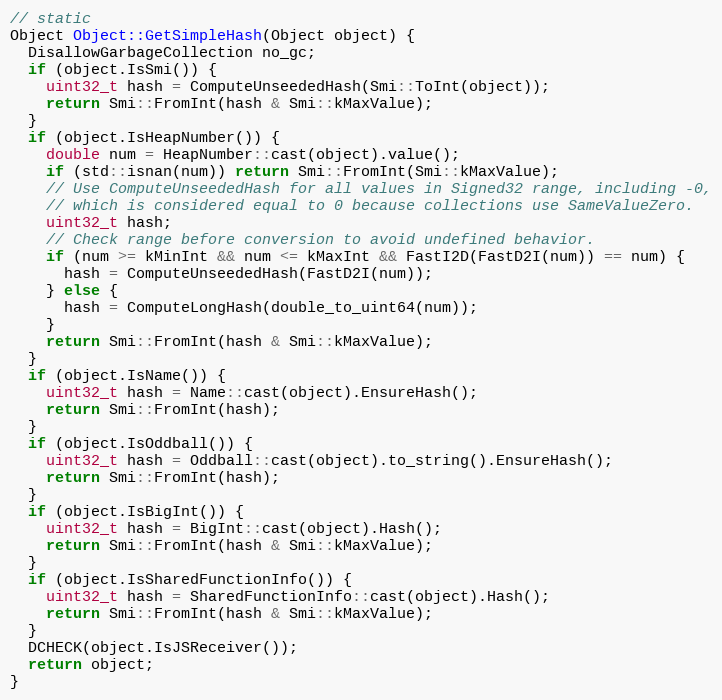
Language: C
// static
Object Object::GetSimpleHash(Object object) {
  DisallowGarbageCollection no_gc;
  if (object.IsSmi()) {
    uint32_t hash = ComputeUnseededHash(Smi::ToInt(object));
    return Smi::FromInt(hash & Smi::kMaxValue);
  }
  if (object.IsHeapNumber()) {
    double num = HeapNumber::cast(object).value();
    if (std::isnan(num)) return Smi::FromInt(Smi::kMaxValue);
    // Use ComputeUnseededHash for all values in Signed32 range, including -0,
    // which is considered equal to 0 because collections use SameValueZero.
    uint32_t hash;
    // Check range before conversion to avoid undefined behavior.
    if (num >= kMinInt && num <= kMaxInt && FastI2D(FastD2I(num)) == num) {
      hash = ComputeUnseededHash(FastD2I(num));
    } else {
      hash = ComputeLongHash(double_to_uint64(num));
    }
    return Smi::FromInt(hash & Smi::kMaxValue);
  }
  if (object.IsName()) {
    uint32_t hash = Name::cast(object).EnsureHash();
    return Smi::FromInt(hash);
  }
  if (object.IsOddball()) {
    uint32_t hash = Oddball::cast(object).to_string().EnsureHash();
    return Smi::FromInt(hash);
  }
  if (object.IsBigInt()) {
    uint32_t hash = BigInt::cast(object).Hash();
    return Smi::FromInt(hash & Smi::kMaxValue);
  }
  if (object.IsSharedFunctionInfo()) {
    uint32_t hash = SharedFunctionInfo::cast(object).Hash();
    return Smi::FromInt(hash & Smi::kMaxValue);
  }
  DCHECK(object.IsJSReceiver());
  return object;
}